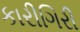
કારીગિરી